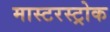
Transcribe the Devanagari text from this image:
मास्टरस्ट्रोक